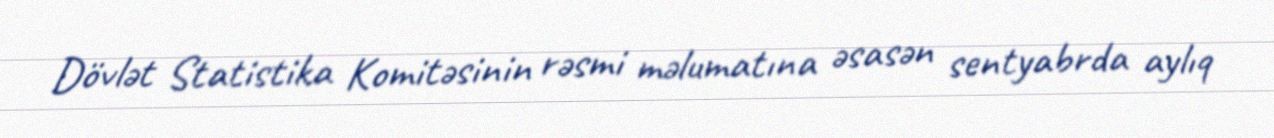
Dövlət Statistika Komitəsinin rəsmi məlumatına əsasən sentyabrda aylıq